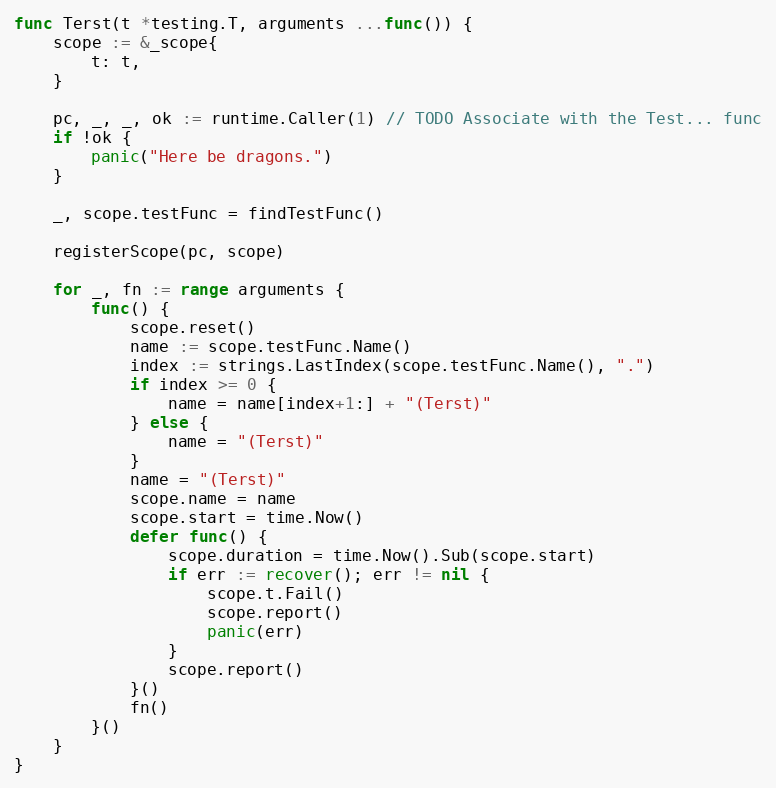
Language: Go
func Terst(t *testing.T, arguments ...func()) {
	scope := &_scope{
		t: t,
	}

	pc, _, _, ok := runtime.Caller(1) // TODO Associate with the Test... func
	if !ok {
		panic("Here be dragons.")
	}

	_, scope.testFunc = findTestFunc()

	registerScope(pc, scope)

	for _, fn := range arguments {
		func() {
			scope.reset()
			name := scope.testFunc.Name()
			index := strings.LastIndex(scope.testFunc.Name(), ".")
			if index >= 0 {
				name = name[index+1:] + "(Terst)"
			} else {
				name = "(Terst)"
			}
			name = "(Terst)"
			scope.name = name
			scope.start = time.Now()
			defer func() {
				scope.duration = time.Now().Sub(scope.start)
				if err := recover(); err != nil {
					scope.t.Fail()
					scope.report()
					panic(err)
				}
				scope.report()
			}()
			fn()
		}()
	}
}